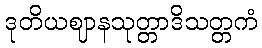
ဒုတိယဈာနသုတ္တာဒိသတ္တကံ